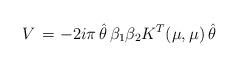
LaTeX: \begin{align*}V\,=-2i\pi\,\hat\theta\,\beta_1\beta_2K^T(\mu,\mu)\,\hat\theta\end{align*}